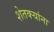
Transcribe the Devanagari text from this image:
शेतक्ऱ्यांना